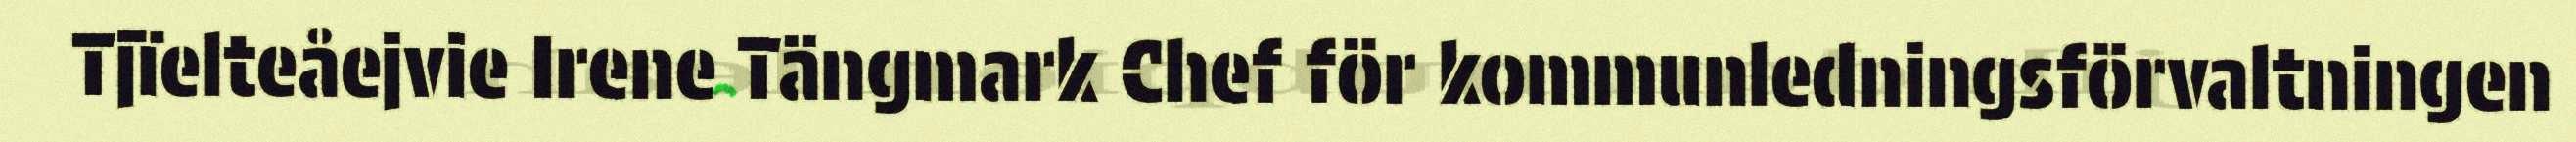
Tjïelteåejvie Irene Tängmark Chef för kommunledningsförvaltningen